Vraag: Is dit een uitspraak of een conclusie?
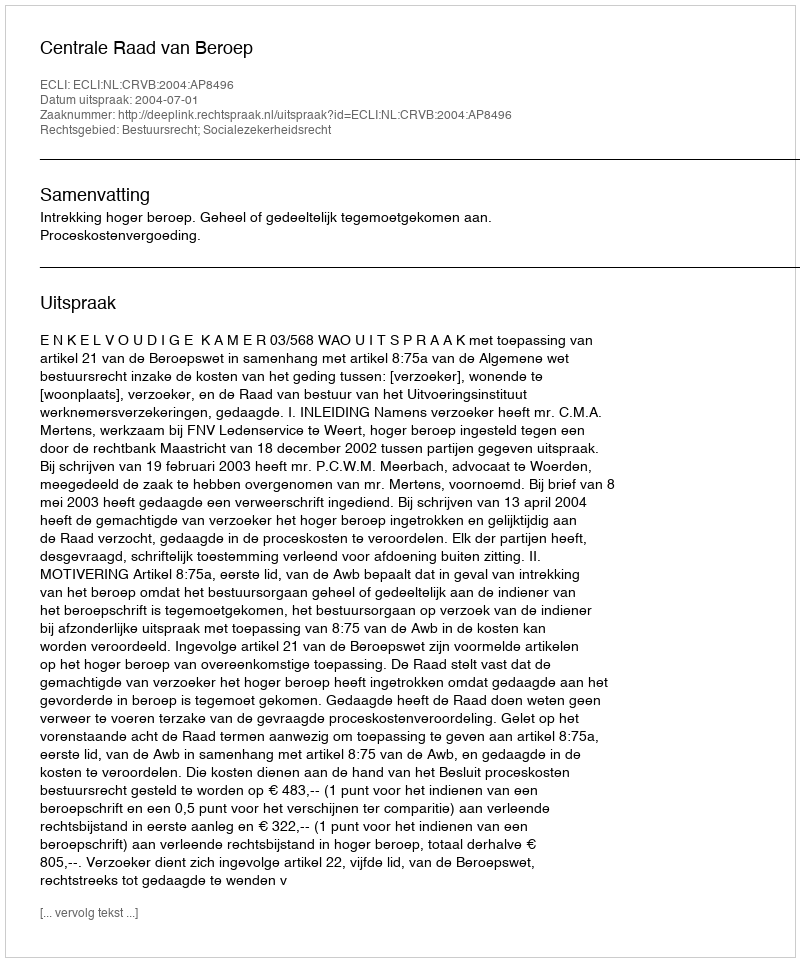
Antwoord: Uitspraak